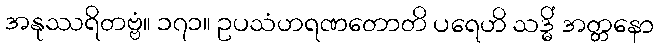
အနုဿရိတဗ္ဗံ။ ၁၇၁။ ဥပသံဟရဏတောတိ ပရေဟိ သဒ္ဓိံ အတ္တနော